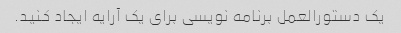
یک دستورالعمل برنامه نویسی برای یک آرایه ایجاد کنید.